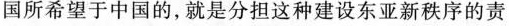
国所希望于中国的，就是分担这种建设东亚新秩序的责